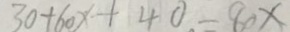
3 0 + 6 0 x + 4 0 = 8 0 x